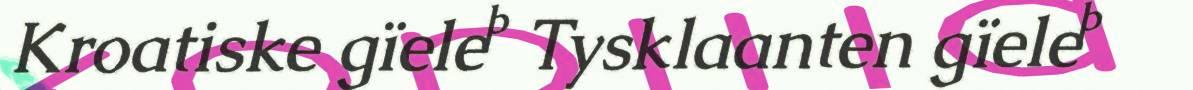
Kroatiske gïele  Tysklaanten gïele 